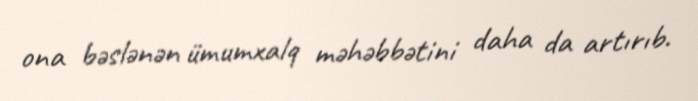
ona bəslənən ümumxalq məhəbbətini daha da artırıb.